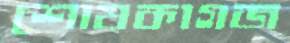
শোষকাগজ